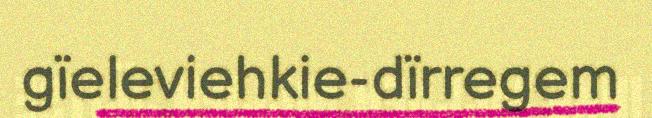
gïeleviehkie-dïrregem